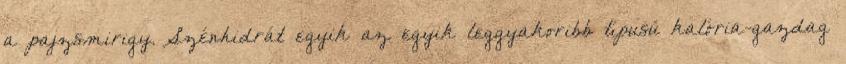
a pajzsmirigy. Szénhidrát egyik az egyik leggyakoribb típusú kalória-gazdag